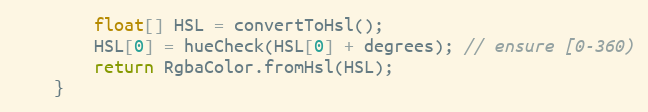
Language: Java
        float[] HSL = convertToHsl();
        HSL[0] = hueCheck(HSL[0] + degrees); // ensure [0-360)
        return RgbaColor.fromHsl(HSL);
    }